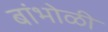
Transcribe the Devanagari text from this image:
बांभोळी